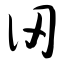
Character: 仞